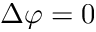
\Delta \varphi = 0